Leaving Certificate Examination (including Day School Certificate (Higher) General paper), 1938
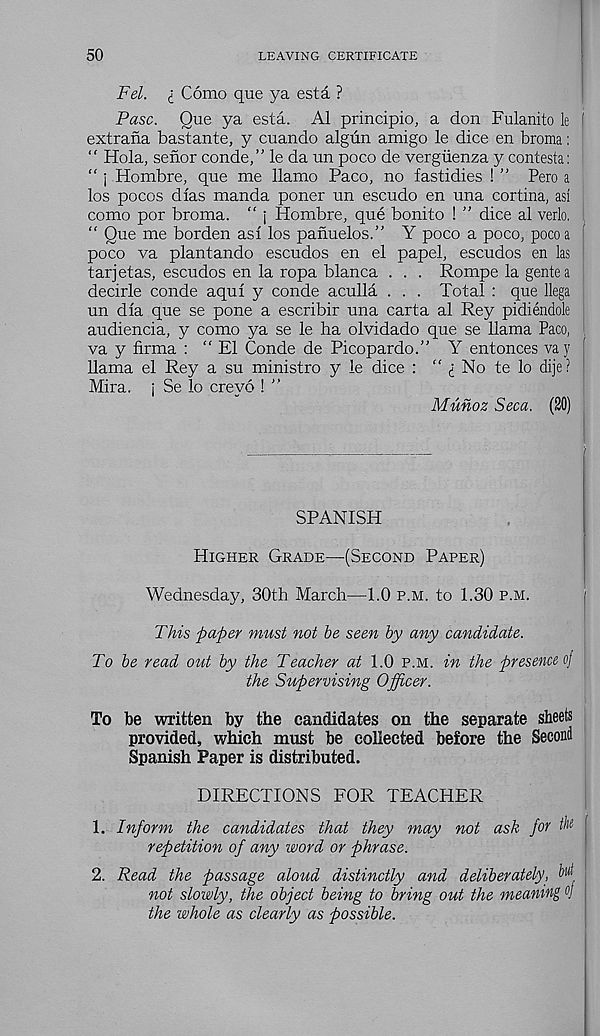
50
LEAVING CERTIFICATE
Fd. i Como que ya esta ?
Pasc. Que ya esta. A1 principio, a don Fulanito le '■
extrafia bastante, y cuando algun amigo le dice en broma:
“ Hola, sefior conde,” le da un poco de vergiienza y contesta:
“ ; Hombre, que me llamo Paco, no fastidies ! ” Pero a
los pocos dias manda poner un escudo en una cortina, asi
como por broma. “ j Hombre, que bonito ! ” dice al verb. '
“ Que me borden as! los panuelos.” Y poco a poco, poco a
poco va plantando escudos en el papel, escudos en las
tarjetas, escudos en la ropa blanca . . . Rompe la gentea
decirle conde aquf y conde aculla . . . Total : que llega
un dia que se pone a escribir una carta al Rey pidiendole
audiencia, y como ya se le ha olvidado que se llama Paco,
va y firma : "El Conde de Picopardo.” Y entonces vay
llama el Rey a su ministro y ie dice : " No te lo dije?
Mira, j Se lo creyo !
Munoz Seca. (20)
SPANISH
Higher Grade—(Second Paper)
Wednesday, 30th March—1.0 p.m. to 1.30 p.m.
This paper must not be seen by any candidate.
To be read out by the Teacher at 1.0 p.m. in the presence oj .
the Supervising Officer.
To be written by the candidates on the separate sheets
provided, which must be collected before the Second
Spanish Paper is distributed.
DIRECTIONS FOR TEACHER
1. Inform the candidates that they may not ash for ^
repetition of any word or phrase.
2. Read the passage aloud distinctly and deliberately, W
not slowly, the object being to bring out the meaning °j
the whole as dearly as possible.